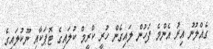
ގެއްލުނު އިރު އެންމެ ފަހުން ލައިގެން ހުރީ ކްރީމް ކުލައިގެ ޓޮޕަކާއި ނޫކުލައިގެ